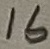
Text: 16